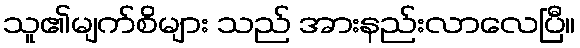
သူ၏မျက်စိများ သည် အားနည်းလာလေပြီ။